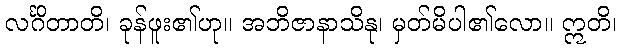
လင်္ဂိတာတိ၊ ခုန်ဖူး၏ဟု။ အဘိဇာနာသိနု၊ မှတ်မိပါ၏လော။ ဣတိ၊